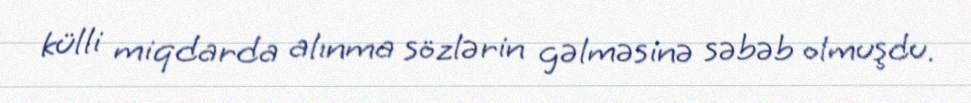
külli miqdarda alınma sözlərin gəlməsinə səbəb olmuşdu.